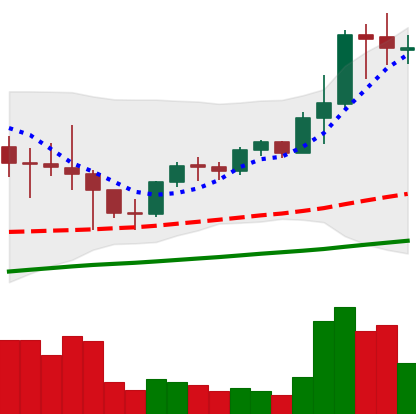
Ticker: LTC-USD
Chart end date: 2021-05-08
Forward return: -8.505%
Label: down_7plus